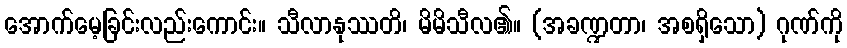
အောက်မေ့ခြင်းလည်းကောင်း။ သီလာနုဿတိ၊ မိမိသီလ၏။ (အခဏ္ဍတာ၊ အစရှိသော) ဂုဏ်ကို